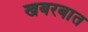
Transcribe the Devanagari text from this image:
खबरबात